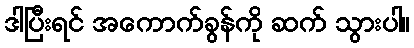
ဒါပြီးရင် အကောက်ခွန်ကို ဆက် သွားပါ။